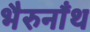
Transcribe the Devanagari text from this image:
भैरुनाँथ